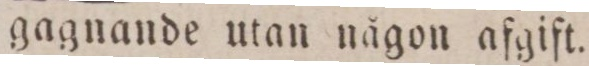
gagnande utan någon afgift.